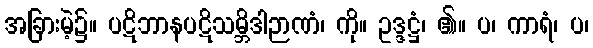
အခြားမဲ့၌။ ပဋိဘာနပဋိသမ္ဘိဒါဉာဏံ၊ ကို။ ဥဒ္ဒဋ္ဌံ၊ ၏။ ပ၊ ကာရံ၊ ပ၊